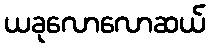
ယခုလောလောဆယ်